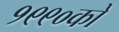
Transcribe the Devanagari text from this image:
१९९०को